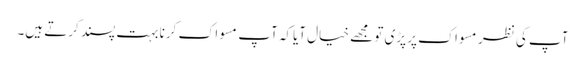
آپ کی نظر مسواک پر پڑی تو مجھے خیال آیاکہ آپ مسواک کرنا بہت پسند کرتے ہیں۔